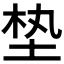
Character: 𪣖